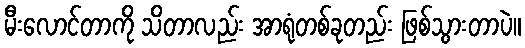
မီးလောင်တာကို သိတာလည်း အာရုံတစ်ခုတည်း ဖြစ်သွားတာပဲ။